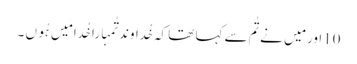
10اور مَیں نے تُم سے کہا تھا کہ خُداوند تُمہارا خُدا مَیں ہُوں ۔